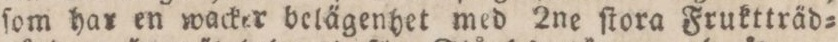
ſom har en wacker belägenhet med 2ne ſtora Fruktträd=